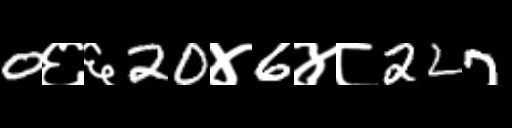
Text: 0६६20४6४८227